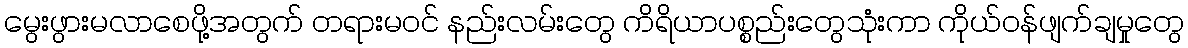
မွေးဖွားမလာစေဖို့အတွက် တရားမဝင် နည်းလမ်းတွေ ကိရိယာပစ္စည်းတွေသုံးကာ ကိုယ်ဝန်ဖျက်ချမှုတွေ